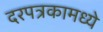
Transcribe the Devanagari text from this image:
दरपत्रकामध्ये